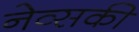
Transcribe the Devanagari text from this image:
नेव्सकी